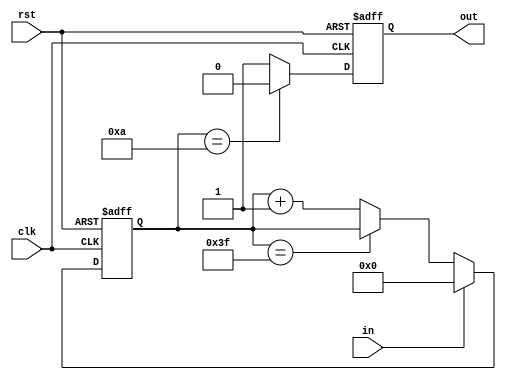
//module debounce_low_act
module debounce_low_act(rst, clk, in, out);
input wire clk, rst, in;
output reg out;

reg [5:0] counter;

always@(posedge clk, posedge rst)
begin
	if(rst)
		out <= 1'd1;
	else if (counter == 6'd10)
		out <= 1'd0; // low active
	else 
		out <= 1'd1;
end

always@(posedge clk, posedge rst)
begin
	if(rst) 
		counter <= 6'd0;
	else if(in == 1)
		counter <= 6'd0;
	else if (counter == 6'd63)
		counter <= counter;
	else  // low active
		counter <= counter + 6'd1;
end
//endmodule
endmodule

//module debounce_high_act
module debounce_high_act(rst, clk, in, out);
input wire clk, rst, in;
output reg out;

reg [5:0] counter;

always@(posedge clk, posedge rst)
begin
	if(rst)
		out <= 1'd0;
	else if (counter == 6'd10)
		out <= 1'd1; 
	else 
		out <= 1'd0;
end

always@(posedge clk, posedge rst)
begin
	if(rst) 
		counter <= 6'd0;
	else if(in == 1)
		counter <= 6'd0;
	else if (counter == 6'd63)
		counter <= counter;
	else  
		counter <= counter + 6'd1;
end
//endmodule
endmodule